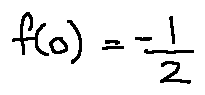
f ( 0 ) = - \frac { 1 } { 2 }